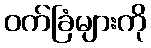
ဝက်ခြံများကို